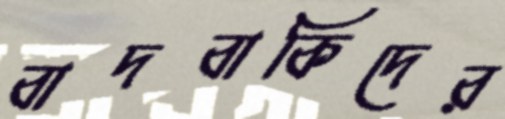
বাদবাকিদের